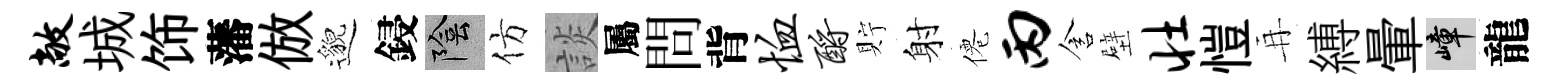
敞城饰藩倣邈鋟陰仿談屬問背恤酹貯射僊丙含壁壮愷再縛暈嶂龍